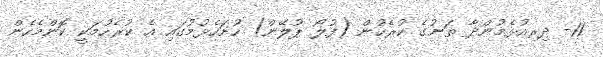
11- ދިރިއުޅެމުންދާ ތަނުގެ ކުރެހުން (ފުލޯ ޕުލޭން) ހުށަހެޅުމުގައި އެ ކުރެހުމަކީ ކޮންމެހެން